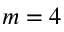
m = 4